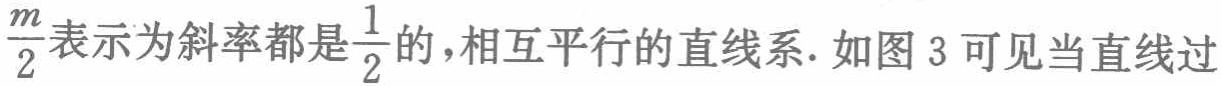
$\frac{m}{2}表示为斜率都是\frac{1}{2}的，相互平行的直线系. 如图3可见当直线过$